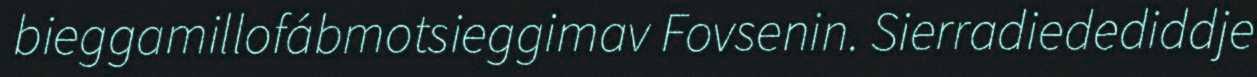
bieggamillofábmotsieggimav Fovsenin. Sierradiedediddje